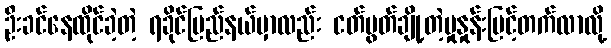
ဦးခင်နေထိုင်ခဲ့တဲ့ ရခိုင်ပြည်နယ်မှာလည်း ငတ်မွတ်ချို့တဲ့မှုနှုန်းမြင့်တက်လာလို့